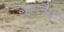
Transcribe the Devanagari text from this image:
गुस्तैफ